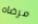
مرضاه